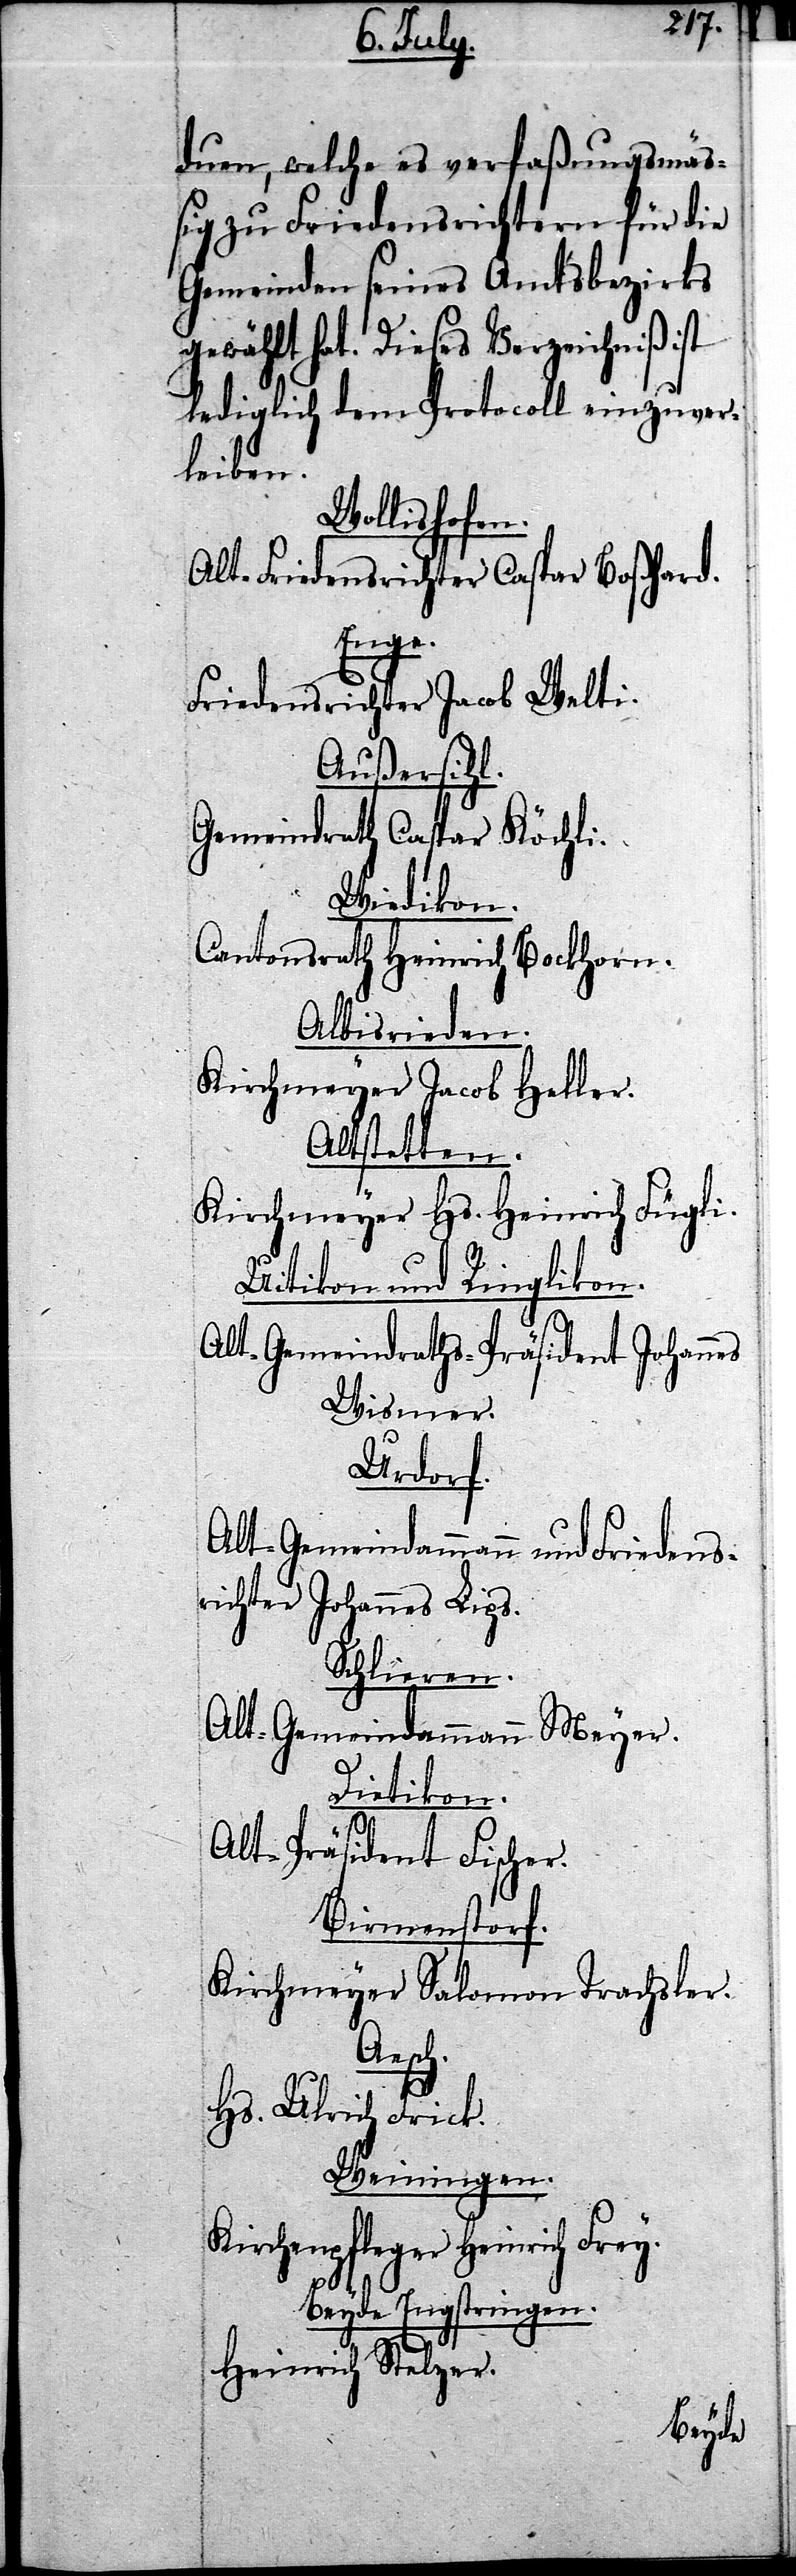
duen, welche es verfaßungsmäß¬
ig zu Friedensrichtern für die
Gemeinden seines Amtsbezirks
gewählt hat. Dieses Verzeichniß ist
lediglich dem Protocoll einzuver¬
leiben.
Wollishofen.
Alt-Friedensrichter Caspar Boßhard.
Enge.
Friedensrichter Jacob Welti.
Außersihl.
Gemeindrath Caspar Köchli.
Wiedikon.
Cantonsrath Heinrich Bockhorn.
Albisrieden.
Kirchmeyer Jacob Heller.
Altstetten.
Kirchmeyer Hs. Heinrich Fügli.
Uitikon und Ringlikon.
Alt-Gemeindraths-Präsident Johannes
Wismer.
Urdorf.
Alt-Gemeindammann und Friedens¬
richter Johannes Lips.
Schlieren.
Alt-Gemeindammann Meyer.
Dietikon.
Alt-Präsident Fischer.
Birmenstorf.
Kirchmeyer Salomon Trachsler.
Aesch.
Hs. Ulrich Frick.
Weiningen.
Kirchenpfleger Heinrich
Beyde Engstringen.
Heinrich Stelzer.